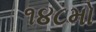
૧૪૮મો